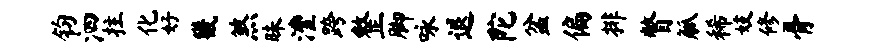
钧泗拄化好畿煞昧澧跨整脚咏退陀盆偏排瞥觚稀妓修骨